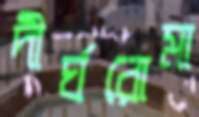
দীর্ঘরোমা